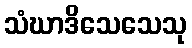
သံဃာဒိသေသေသု